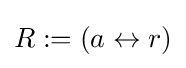
R:=\left({a}\leftrightarrow {r}\right)